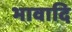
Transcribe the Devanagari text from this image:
भावादि